Report of the Indian Hemp Drugs Commission, 1894-1895 - Volume IV
Year: 1894
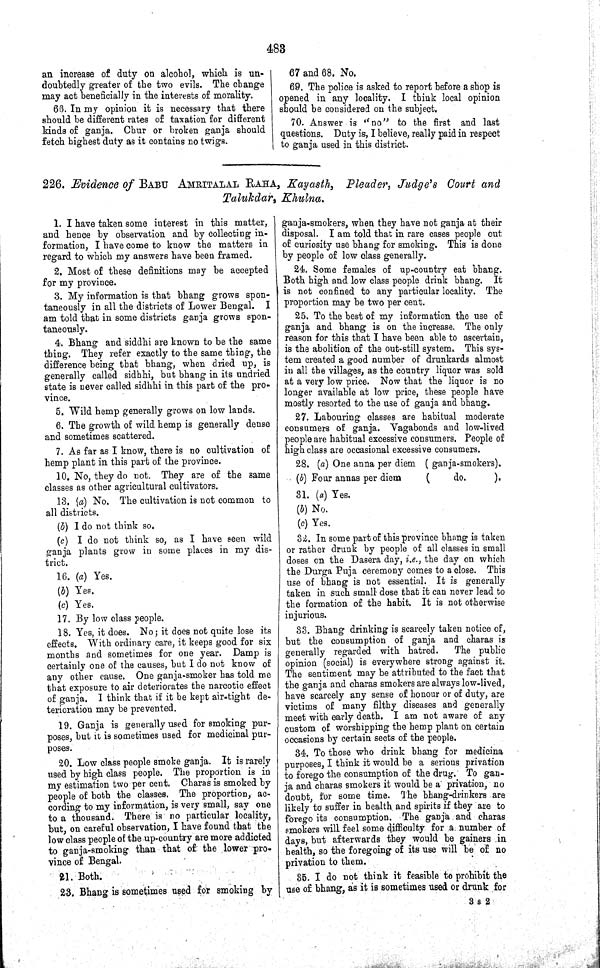
483
an increase of duty on alcohol, which is un-
doubtedly greater of the two evils. The change
may act beneficially in the interests of morality.
66. In my opinion it is necessary that there
should be different rates of taxation for different
kinds of ganja. Chur or broken ganja should
fetch highest duty as it contains no twigs.
67 and 68. No.
69. The police is asked to report before a shop is
opened in any locality. I think local opinion
should be considered on the subject.
70. Answer is "no" to the first and last
questions. Duty is, I believe, really paid in respect
to ganja used in this district.
226. Evidence of BABU AMRITALAL RAHA, Kayasth, Pleader, Judge's Court and
Talukdar, Khulna.
1. I have taken some interest in this matter,
and hence by observation and by collecting in-
formation, I have come to know the matters in
regard to which my answers have been framed.
2. Most of these definitions may be accepted
for my province.
3. My information is that bhang grows spon-
taneously in all the districts of Lower Bengal. I
am told that in some districts ganja grows spon-
taneously.
4. Bhang and siddhi are known to be the same
thing. They refer exactly to the same thing, the
difference being that bhang, when dried up, is
generally called sidhhi, but bhang in its undried
state is never called sidhhi in this part of the pro-
vince.
5. Wild hemp generally grows on low lands.
6. The growth of wild hemp is generally dense
and sometimes scattered.
7. As far as I know, there is no cultivation of
hemp plant in this part of the province.
10. No, they do not. They are of the same
classes as other agricultural cultivators.
13. (a) No. The cultivation is not common to
all districts.
(b) I do not think so.
(c) I do not think so, as I have seen wild
ganja plants grow in some places in my dis-
trict.
16. (a) Yes.
(b) Yes.
(c) Yes.
17. By low class people.
18. Yes, it does. No; it does not quite lose its
effects. With ordinary care, it keeps good for six
months and sometimes for one year. Damp is
certainly one of the causes, but I do not know of
any other cause. One ganja-smoker has told me
that exposure to air deteriorates the narcotic effect
of ganja. I think that if it be kept air-tight de-
terioration may be prevented.
19. Ganja is generally used for smoking pur-
poses, but it is sometimes used for medicinal pur-
poses.
20. Low class people smoke ganja. It is rarely
used by high class people. The proportion is in
my estimation two per cent. Charas is smoked by
people of both the classes. The proportion, ac-
cording to my information, is very small, say one
to a thousand. There is no particular locality,
but, on careful observation, I have found that the
low class people of the up-country are more addicted
to ganja-smoking than that of the lower pro-
vince of Bengal.
21. Both.
23. Bhang is sometimes used for smoking by
ganja-smokers, when they have not ganja at their
disposal. I am told that in rare cases people out
of curiosity use bhang for smoking. This is done
by people of low class generally.
24. Some females of up-country eat bhang.
Both high and low class people drink bhang. It
is not confined to any particular locality. The
proportion may be two per cent.
25. To the best of my information the use of
ganja and bhang is on the increase. The only
reason for this that I have been able to ascertain,
is the abolition of the out-still system. This sys-
tem created a good number of drunkards almost
in all the villages, as the country liquor was sold
at a very low price. Now that the liquor is no
longer available at low price, these people have
mostly resorted to the use of ganja and bhang.
27. Labouring classes are habitual moderate
consumers of ganja. Vagabonds and low-lived
people are habitual excessive consumers. People of
high class are occasional excessive consumers.
28. (a) One anna per diem (ganja-smokers).
(b) Four annas per diem
(
do.
).
31. (a) Yes.
(b) No.
(c) Yes.
32. In some part of this province bhang is taken
or rather drunk by people of all classes in small
doses on the Dasera day, i.e., the day on which
the Durga Puja ceremony comes to a close. This
use of bhang is not essential. It is generally
taken in such small dose that it can never lead to
the formation of the habit. It is not otherwise
injurious.
33. Bhang drinking is scarcely taken notice of,
but the consumption of ganja and charas is
generally regarded with hatred.
The public
opinion (social) is everywhere strong against it.
The sentiment may be attributed to the fact that
the ganja and charas smokers are always low-lived,
have scarcely any sense of honour or of duty, are
victims of many filthy diseases and generally
meet with early death. I am not aware of any
custom of worshipping the hemp plant on certain
occasions by certain sects of the people.
34. To those who drink bhang for medicina
purposes, I think it would be a serious privation
to forego the consumption of the drug. To gan-
ja and charas smokers it would be a privation, no
doubt, for some time. The bhang-drinkers are
likely to suffer in health and spirits if they are to
forego its consumption. The ganja and charas
smokers will feel some difficulty for a number of
days, but afterwards they would be gainers in
health, so the foregoing of its use will be of no
privation to them.
35. I do not think it feasible to prohibit the
use of bhang, as it is sometimes used or drunk for
3 S 2